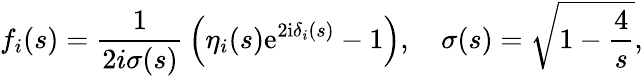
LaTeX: f_{i}(s)={\frac{1}{2i\sigma(s)}}\left(\eta_{i}(s)\mathrm{e}^{2\mathrm{i}\delta_{i}(s)}-1\right),\quad\sigma(s)=\sqrt{1-{\frac{4}{s}}},